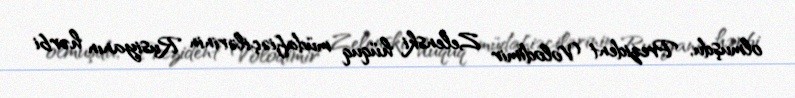
olmuşdu, Prezident Volodimir Zelenski hüquq müdafiəçilərinin Rusiyanın hərbi